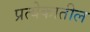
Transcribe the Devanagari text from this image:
प्रत्येकातील